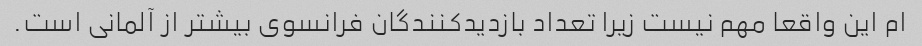
ام این واقعا مهم نیست زیرا تعداد بازدیدکنندگان فرانسوی بیشتر از آلمانی است.